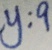
y : 9